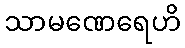
သာမဏေရေဟိ